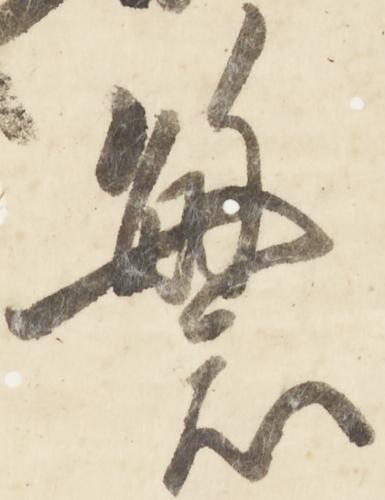
繁